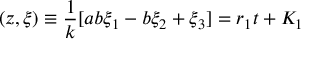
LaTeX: ( z , { \xi } ) \equiv \frac { 1 } { k } [ a b \xi _ { 1 } - b \xi _ { 2 } + \xi _ { 3 } ] = r _ { 1 } t + K _ { 1 }